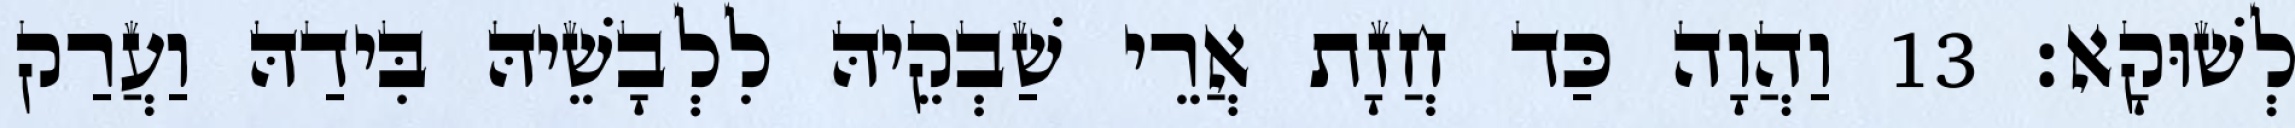
לְשׁוּקָא׃ 13 וַהֲוָה כַּד חֲזָת אֲרֵי שַׁבְקֵיהּ לִלְבָשֵׁיהּ בִּידַהּ וַעֲרַק